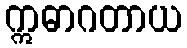
ဣဓာဂတာယ